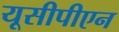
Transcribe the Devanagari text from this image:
यूसीपीएन